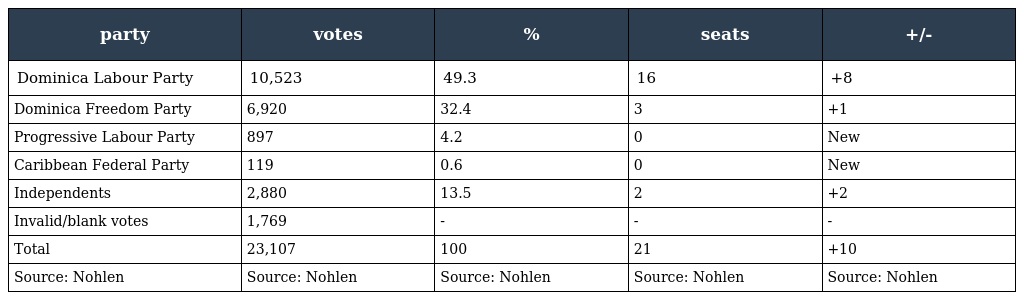
| party | votes | % | seats | +/- |
 | --- | --- | --- | --- | --- |
 | Dominica Labour Party | 10,523 | 49.3 | 16 | +8 |
 | Dominica Freedom Party | 6,920 | 32.4 | 3 | +1 |
 | Progressive Labour Party | 897 | 4.2 | 0 | New |
 | Caribbean Federal Party | 119 | 0.6 | 0 | New |
 | Independents | 2,880 | 13.5 | 2 | +2 |
 | Invalid/blank votes | 1,769 | - | - | - |
 | Total | 23,107 | 100 | 21 | +10 |
 | Source: Nohlen | Source: Nohlen | Source: Nohlen | Source: Nohlen | Source: Nohlen |